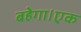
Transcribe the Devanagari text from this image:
बहेगा।एक